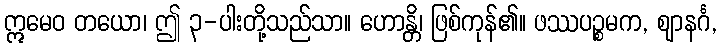
ဣမေဝ တယော၊ ဤ ၃-ပါးတို့သည်သာ။ ဟောန္တိ၊ ဖြစ်ကုန်၏။ ဖဿပဉ္စမက, ဈာနင်္ဂ,